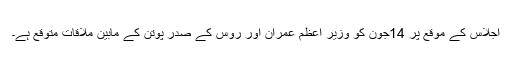
اجلاس کے موقع پر 14جون کو وزیر اعظم عمران اور روس کے صدر پوتن کے مابین ملاقات متوقع ہے۔